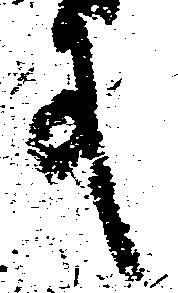
殿